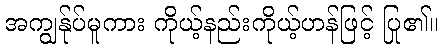
အကျွန်ုပ်မူကား ကိုယ့်နည်းကိုယ့်ဟန်ဖြင့် ပြု၏။